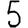
Digit: 5